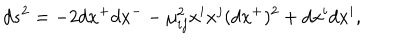
d s ^ { 2 } = - 2 d x ^ { + } d x ^ { - } - \mu _ { i j } ^ { 2 } x ^ { i } x ^ { j } ( d x ^ { + } ) ^ { 2 } + d x ^ { i } d x ^ { i } ,